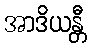
အာဒိယန္တီ